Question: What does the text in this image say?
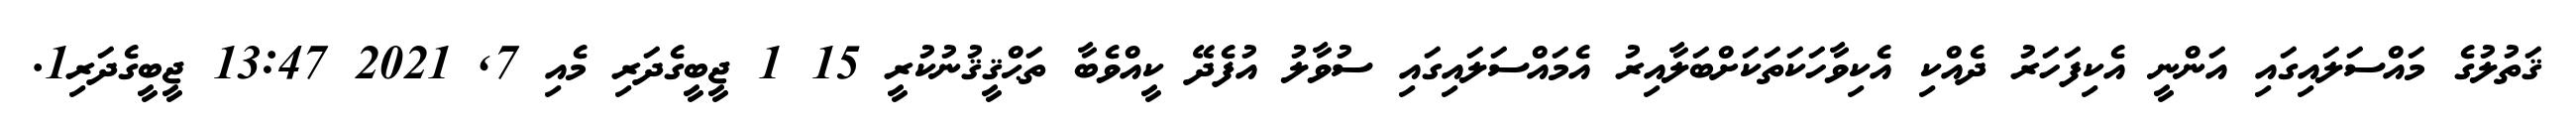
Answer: ޤަތުލުގެ މައްސަލައިގައި އަންނީ އެކިފަހަރު ދެއްކި އެކިވާހަކަތަކަށްބަލާއިރު އެމައްސަލައިގައި ސުވާލު އުފެދޭ ކީއްވެބާ ތަޙްޤީޤުނުކުރީ 15 1 ޖީބީގެދަރި މެއި 7, 2021 13:47 ޖީބީގެދަރި1.